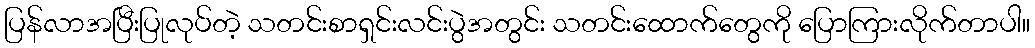
ပြန်လာအပြီးပြုလုပ်တဲ့ သတင်းစာရှင်းလင်းပွဲအတွင်း သတင်းထောက်တွေကို ပြောကြားလိုက်တာပါ။